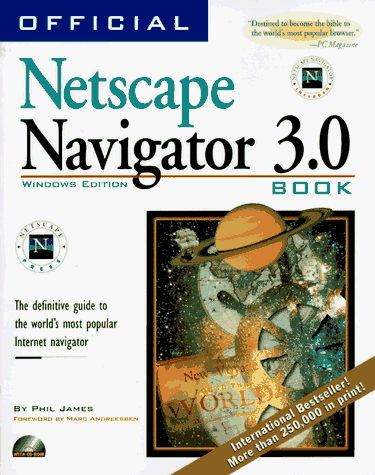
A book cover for Official Netscape Navigator 3.0 Windows: The Definitive Guide to the World's Most Popular Internet Navigator; Phil James; Humor & Entertainment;